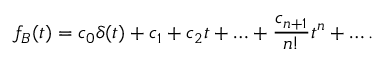
f _ { B } ( t ) = c _ { 0 } \delta ( t ) + c _ { 1 } + c _ { 2 } t + \ldots + { \frac { c _ { n + 1 } } { n ! } } t ^ { n } + \ldots .